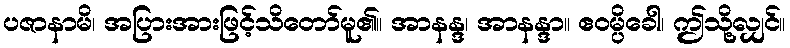
ပဇာနာမိ၊ အပြားအားဖြင့်သိတော်မူ၏။ အာနန္ဒ၊ အာနန္ဒာ။ ဧဝမ္ပိခေါ၊ ဤသို့လျှင်။